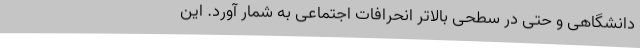
دانشگاهی و حتی در سطحی بالاتر انحرافات اجتماعی به شمار آورد. این